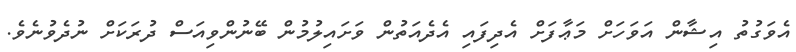
އެވަގުތު އިޝާން އަވަހަށް މަޢާފަށް އެދިފައި އެދެއަތުން ވަށައިލުމުން ބޭނުންވިއަސް ދުރަކަށް ނުދެވުނެވެ.